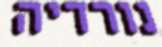
נורדיה